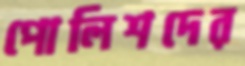
পোলিশদের